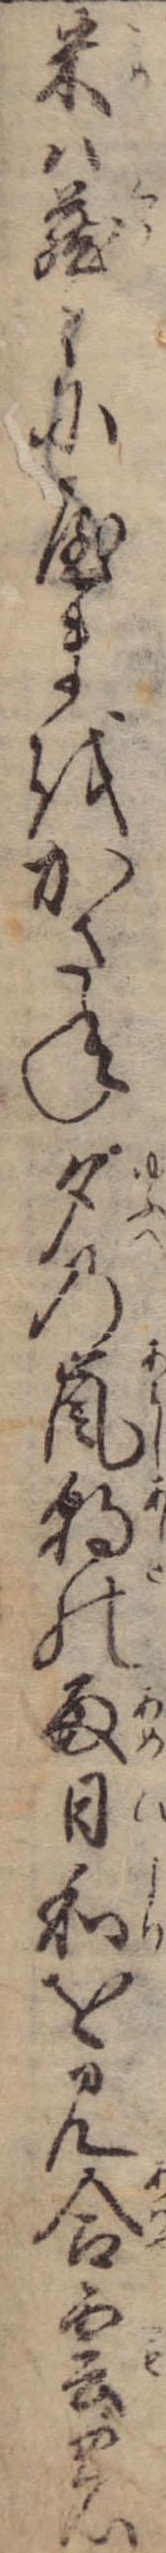
米は蔵々にやまをかさね夕の嵐朝の雨日和を見合雲の